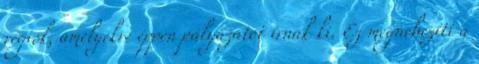
régiók, amelyekre éppen pályázatot írnak ki. Ez megnehezíti a